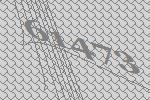
61473